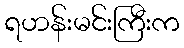
ရဟန်းမင်းကြီးက